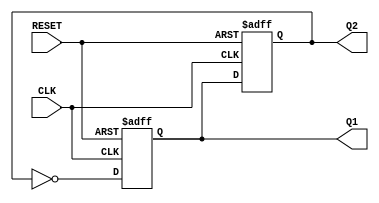
module dual_stage_johnson_counter (
    input wire CLK,    // Clock input
    input wire RESET,  // Reset input
    output reg Q1,     // Output of the first flip-flop
    output reg Q2      // Output of the second flip-flop
);
    
    // Always block triggered on the rising edge of the clock or reset
    always @(posedge CLK or posedge RESET) begin
        if (RESET) begin
            // Reset both flip-flops to 0
            Q1 <= 1'b0;
            Q2 <= 1'b0;
        end else begin
            // State transition logic for the Johnson counter
            Q1 <= ~Q2; // D1 = inverted Q2
            Q2 <= Q1;  // D2 = Q1
        end
    end
    
endmodule